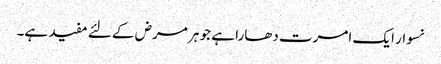
نسوار ایک امرت دھارا ہے جو ہر مرض کے لئے مفید ہے۔